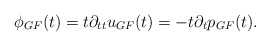
\begin{align*}\phi_{GF}(t) = t \partial_{tt} u_{GF}(t) = - t \partial_t p_{GF}(t).\end{align*}